Report of the Indian Hemp Drugs Commission, 1894-1895 - Volume VI
Year: 1894
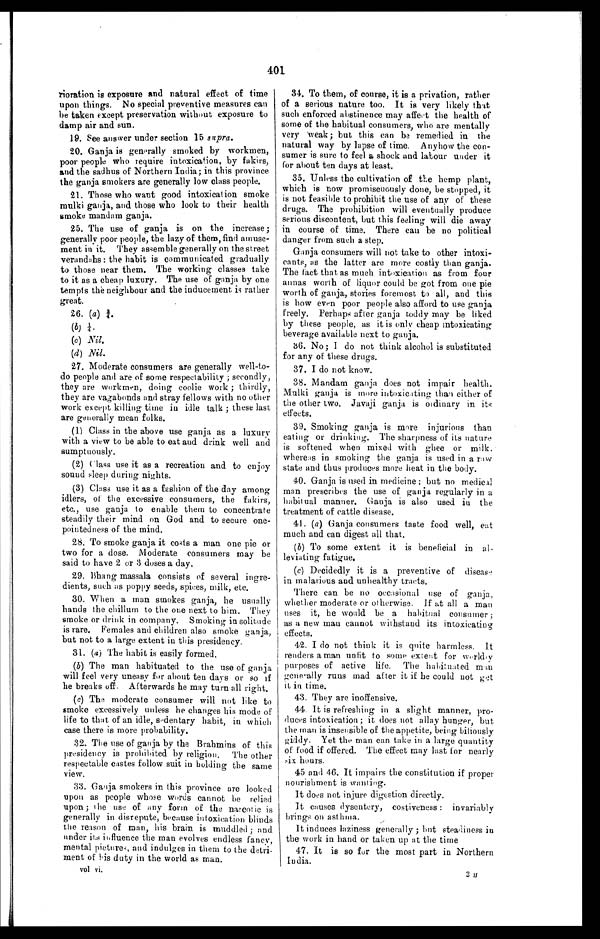
401
rioration is exposure and natural effect of time
upon things. No special preventive measures can
be taken except preservation without exposure to
damp air and sun.
19. See answer under section 15 supra .
20. Ganja is generally smoked by workmen,
poor people who require intoxication, by fakirs,
and the sadhus of Northern India; in this province
the ganja smokers are generally low class people.
21. Those who want good intoxication smoke
mulki ganja, and those who look to their health
smoke mandam ganja.
25. The use of ganja is on the increase;
generally poor people, the lazy of them, find amuse-
ment in it. They assemble generally on the street
verandahs: the habit is communicated gradually
to those near them. The working classes take
to it as a cheap luxury. The use of ganja by one
tempts the neighbour and the inducement is rather
great.
26. ( a) ¾.
(b) ¼ .
(c) N i l
.
(d) Nil .
27. Moderate consumers are generally well-to-
do people and are of some respectability; secondly,
they are workmen, doing coolie work; thirdly,
they are vagabonds and stray fellows with no other
work except killing time in idle talk; these last
are generally mean folks.
(1) Class in the above use ganja as a luxury
with a view to be able to eat and drink well and
sumptuously.
(2)
Class use it as a recreation and to enjoy
sound sleep during nights.
(3) Class use it as a fashion of the day among
idlers, of the excessive consumers, the fakirs,
etc., use ganja to enable them to concentrate
steadily their mind on God and to secure one-
pointedness of the mind.
28. To smoke ganja it costs a man one pie or
two for a dose. Moderate consumers may be
said to have 2 or 3 doses a day.
29. Bhang massala consists of several ingre-
dients, such as poppy seeds, spices, milk, etc.
30. When a man smokes ganja, he usually
hands the chillum to the one next to him. They
smoke or drink in company. Smoking in solitude
is rare. Females and children also smoke ganja,
but not to a large extent in this presidency.
31. (a ) The habit is easily formed.
(b) The man habituated to the use of ganja
will feel very uneasy for about ten days or so if
be breaks off. Afterwards he may turn all right.
(c) The moderate consumer will not like to
smoke excessively unless he changes his mode of
life to that of an idle, sedentary habit, in which
case there is more probability.
32. The use of ganja by the Brahmins of this
presidency is prohibited by religion. The other
respectable castes follow suit in holding the same
view.
33. Ganja smokers in this province are looked
upon as people whose words cannot be relied
upon; the use of any form of the narcotic is
generally in disrepute, because intoxication blinds
the reason of man, his brain is muddled; and
under its influence the man evolves endless fancy,
mental pictures, and indulges in them to the detri-
ment of his duty in the world as man.
vol vi.
34. To them, of course, it is a privation, rather
of a serious nature too. It is very likely that
such enforced abstinence may affect the health of
some of the habitual consumers, who are mentally
very weak; but this can be remedied in the
natural way by lapse of time. Anyhow the con-
sumer is sure to feel a shock and labour under it
for about ten days at least.
35. Unless the cultivation of the hemp plant,
which is now promiscuously done, be stopped, it
is not feasible to prohibit the use of any of these
drugs. The prohibition will eventually produce
serious discontent, but this feeling will die away
in course of time. There can be no political
danger from such a step.
Ganja consumers will not take to other intoxi-
cants, as the latter are more costly than ganja.
The fact that as much intoxication as from four
annas worth of liquor could be got from one pie
worth of ganja, stories foremost to all, and this
is how even poor people also afford to use ganja
freely. Perhaps after ganja toddy may be liked
by these people, as it is only cheap intoxicating
beverage available next to ganja.
36. No; I do not think alcohol is substituted
for any of these drugs.
37. I do not know.
38. Mandam ganja does not impair health.
Mulki ganja is more intoxicating than either of
the other two. Javaji ganja is ordinary in its
effects.
39. Smoking ganja is mere injurious than
eating or drinking. The sharpness of its nature
is softened when mixed with ghee or milk
, w h e r e a s i n s m o k i n g t h e g a n j a i s u s e d i n a r a w
state and thus produces more heat in the body.
40. Ganja is used in medicine; but no medical
man prescribes the use of ganja regularly in a
habitual manner. Ganja is also used in the
treatment of cattle disease.
41. ( a ) Ganja consumers taste food well, eat
much and can digest all that.
(b) To some extent it is beneficial in al-
leviating fatigue.
(c) Decidedly it is a preventive of disease
in malarious and unhealthy tracts.
There can be no occasional use of ganja,
whether moderate or otherwise. If at all a man
uses it, be would be a habitual consumer;
as a new man cannot withstand its intoxicating
effects.
42. I do not think it is quite harmless. It
renders a man unfit to some extent for worldly
purposes of active life. The habituated man
generally runs mad after it if he could not get
it in time.
43. They are inoffensive.
44. It is refreshing in a slight manner, pro-
duces intoxication; it does not allay hunger, but
the man is insensible of the appetite, being biliously
giddy. Yet the man can take in a large quantity
of food if offered. The effect may last for nearly
six hours.
45 and 46. It impairs the constitution if proper
nourishment is wanting.
It does not injure digestion directly.
It causes dysentery, costiveness: invariably
bri ngs on ast hma.
It induces laziness generally; but steadiness in
the work in hand or taken up at the time
47. It is so for the most part in Northern
India.
3 H